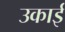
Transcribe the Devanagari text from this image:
उकाई